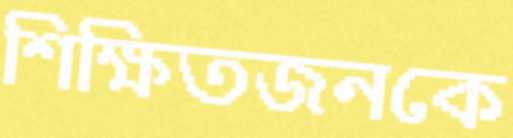
শিক্ষিতজনকে